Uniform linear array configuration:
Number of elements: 32
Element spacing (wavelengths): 0.5
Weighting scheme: hann
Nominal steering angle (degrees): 15
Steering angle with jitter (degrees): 15.984
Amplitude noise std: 0.05
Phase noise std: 0.05

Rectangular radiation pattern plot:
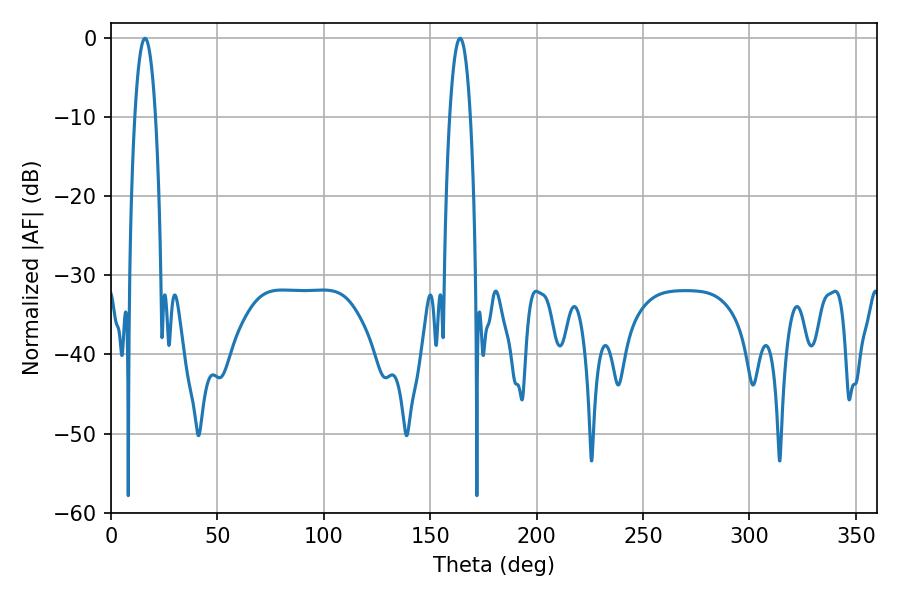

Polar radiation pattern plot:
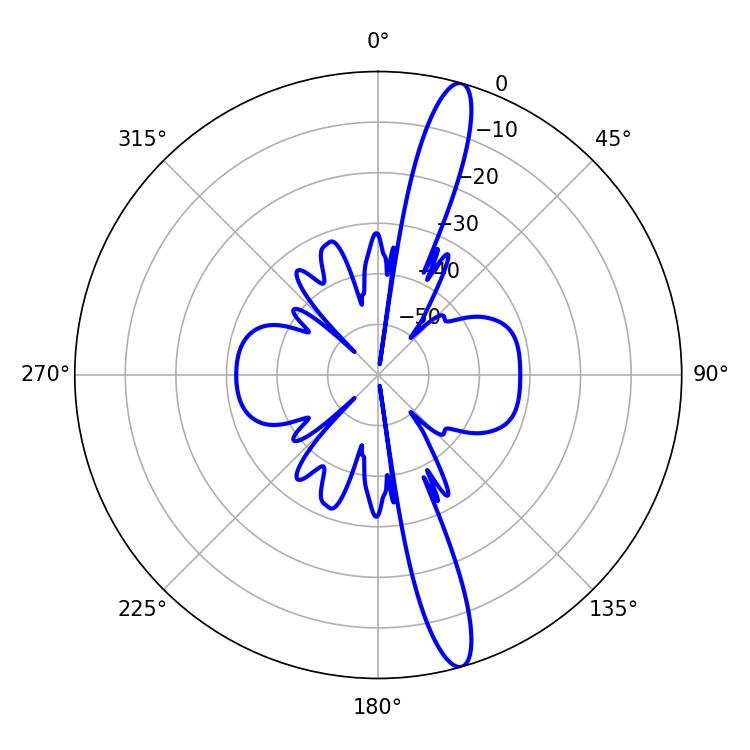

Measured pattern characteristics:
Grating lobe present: FALSE
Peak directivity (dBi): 15.535
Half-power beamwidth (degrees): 5.4
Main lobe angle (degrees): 16.02